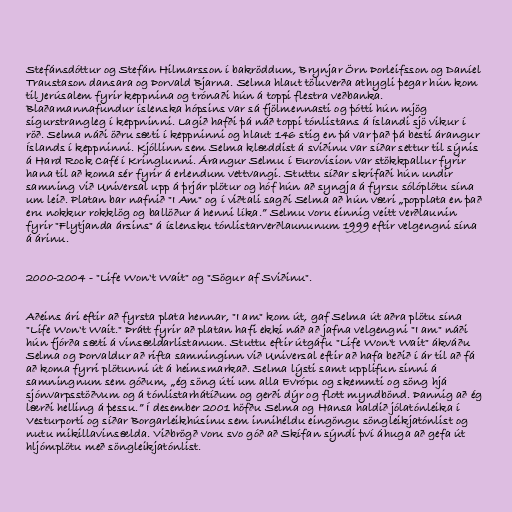
Stefánsdóttur og Stefán Hilmarsson í bakröddum, Brynjar Örn Þorleifsson og Daníel
Traustason dansara og Þorvald Bjarna. Selma hlaut töluverða athygli þegar hún kom
til Jerúsalem fyrir keppnina og trónaði hún á toppi flestra veðbanka.
Blaðamannafundur íslenska hópsins var sá fjölmennasti og þótti hún mjög
sigurstrangleg í keppninni. Lagið hafði þá náð toppi tónlistans á Íslandi sjö vikur í
röð. Selma náði öðru sæti í keppninni og hlaut 146 stig en þá var það þá besti árangur
Íslands í keppninni. Kjóllinn sem Selma klæddist á sviðinu var síðar settur til sýnis
á Hard Rock Café í Kringlunni. Árangur Selmu í Eurovision var stökkpallur fyrir
hana til að koma sér fyrir á erlendum vettvangi. Stuttu síðar skrifaði hún undir
samning við Universal upp á þrjár plötur og hóf hún að syngja á fyrsu sólóplötu sína
um leið. Platan bar nafnið "I Am" og í viðtali sagði Selma að hún væri „popplata en það
eru nokkur rokklög og ballöður á henni líka.” Selmu voru einnig veitt verðlaunin
fyrir "Flytjanda ársins" á íslensku tónlistarverðlaununum 1999 eftir velgengni sína
á árinu.

2000-2004 - "Life Won't Wait" og "Sögur af Sviðinu".

Aðeins ári eftir að fyrsta plata hennar, "I am" kom út, gaf Selma út aðra plötu sína
"Life Won't Wait." Þrátt fyrir að platan hafi ekki náð að jafna velgengni "I am" náði
hún fjórða sæti á vinsældarlistanum. Stuttu eftir útgáfu "Life Won't Wait" ákváðu
Selma og Þorvaldur að rifta samninginn við Universal eftir að hafa beðið í ár til að fá
að koma fyrri plötunni út á heimsmarkað. Selma lýsti samt upplifun sinni á
samningnum sem góðum, „ég söng úti um alla Evrópu og skemmti og söng hjá
sjónvarpsstöðvum og á tónlistarhátíðum og gerði dýr og flott myndbönd. Þannig að ég
lærði helling á þessu.” Í desember 2001 höfðu Selma og Hansa haldið jólatónleika í
Vesturporti og síðar Borgarleikhúsinu sem innihéldu eingöngu söngleikjatónlist og
nutu mikillavinsælda. Viðbrögð voru svo góð að Skífan sýndi því áhuga að gefa út
hljómplötu með söngleikjatónlist.